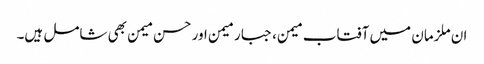
ان ملزمان میں آفتاب میمن، جبار میمن اور حسن میمن بھی شامل ہیں۔